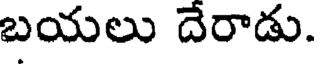
బయలు దేరాడు.